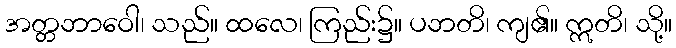
အတ္တဘာဝေါ၊ သည်။ ထလေ၊ ကြည်း၌။ ပဘတိ၊ ကျ၏။ ဣတိ၊ သို့။